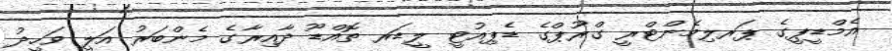
އެމްޑީޕީގެ ޕަރލިމެންޓްރީ ގްރޫޕްގެ ޑެޕިއުޓީ ލީޑަރ ތޮއްޑޫ ދާއިރާގެ މެންބަރު އަލީ ވަހީދު